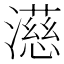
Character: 濨